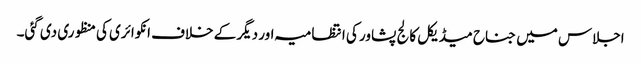
اجلاس میں جناح میڈیکل کالج پشاور کی انتظامیہ اور دیگر کے خلاف انکوائری کی منظوری دی گئی۔